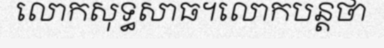
លោកសុទ្ធសាធ។លោកបន្តថា